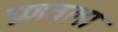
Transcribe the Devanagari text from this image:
प्रणवला